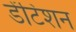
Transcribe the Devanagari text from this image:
डेंटिशन